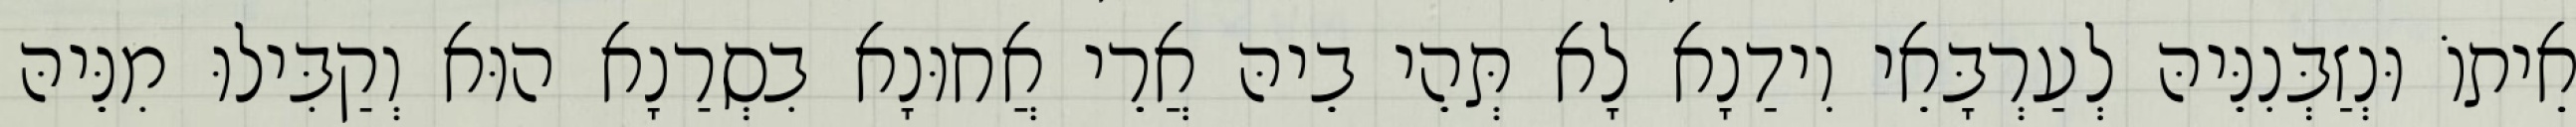
אֵיתוֹ וּנְזַבְּנִנֵּיהּ לְעַרְבָּאֵי וִידַנָא לָא תְּהֵי בֵיהּ אֲרֵי אֲחוּנָא בִסְרַנָא הוּא וְקַבִּילוּ מִנֵּיהּ